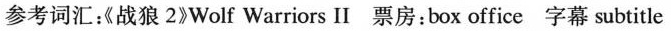
参考词汇《战狼2》Wolf Warriors II票房：box office字幕subtitle